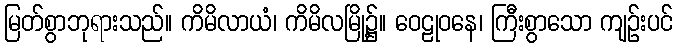
မြတ်စွာဘုရားသည်။ ကိမိလာယံ၊ ကိမိလမြို့၌။ ဝေဠုဝနေ၊ ကြီးစွာသော ကျဉ်းပင်